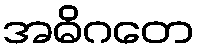
အဓိဂတေ